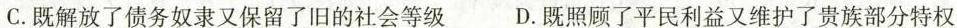
C.既解放了债务奴隶又保留了旧的社会等级 D.既照顾了平民利益又维护了贵族部分特权